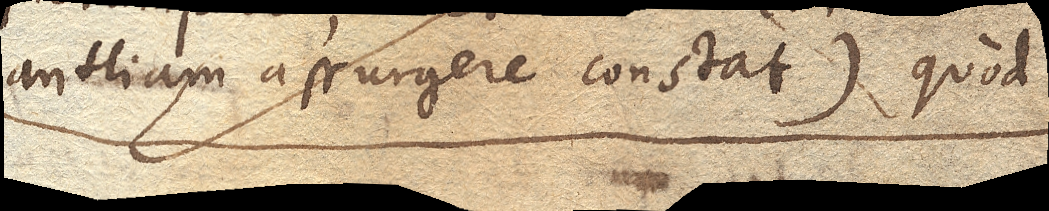
antliam assurgere constat) quod